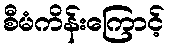
စီမံကိန်းကြောင့်